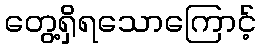
တွေ့ရှိရသောကြောင့်